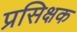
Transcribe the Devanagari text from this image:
प्रसिक्षक